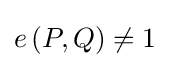
\textstyle e\left(P,Q\right)\neq 1